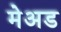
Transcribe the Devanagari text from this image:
मेअड